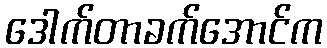
ဒေါက်တာခက်အောင်က